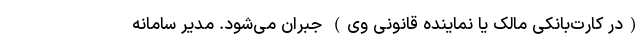
(در کارت‌بانکی مالک یا نماینده قانونی وی) جبران می‌شود. مدیر سامانه